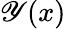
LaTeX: \mathscr{Y}(x)